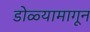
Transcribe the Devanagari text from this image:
डोळ्यामागून